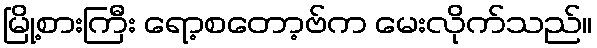
မြို့စားကြီး ရော့စတော့ဗ်က မေးလိုက်သည်။